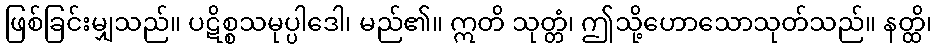
ဖြစ်ခြင်းမျှသည်။ ပဋိစ္စသမုပ္ပါဒေါ၊ မည်၏။ ဣတိ သုတ္တံ၊ ဤသို့ဟောသောသုတ်သည်။ နတ္ထိ၊